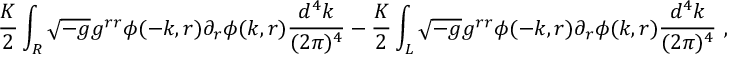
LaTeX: \frac { K } { 2 } \int _ { R } \sqrt { - g } g ^ { r r } \phi ( - k , r ) \partial _ { r } \phi ( k , r ) \frac { d ^ { 4 } k } { ( 2 \pi ) ^ { 4 } } - \frac { K } { 2 } \int _ { L } \sqrt { - g } g ^ { r r } \phi ( - k , r ) \partial _ { r } \phi ( k , r ) \frac { d ^ { 4 } k } { ( 2 \pi ) ^ { 4 } } \ ,